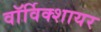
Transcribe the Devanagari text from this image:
वाॅर्विक्शायर